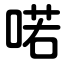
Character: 喏